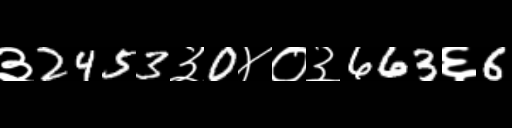
Text: ३2453३0४०३663६6